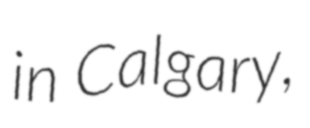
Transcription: in Calgary,